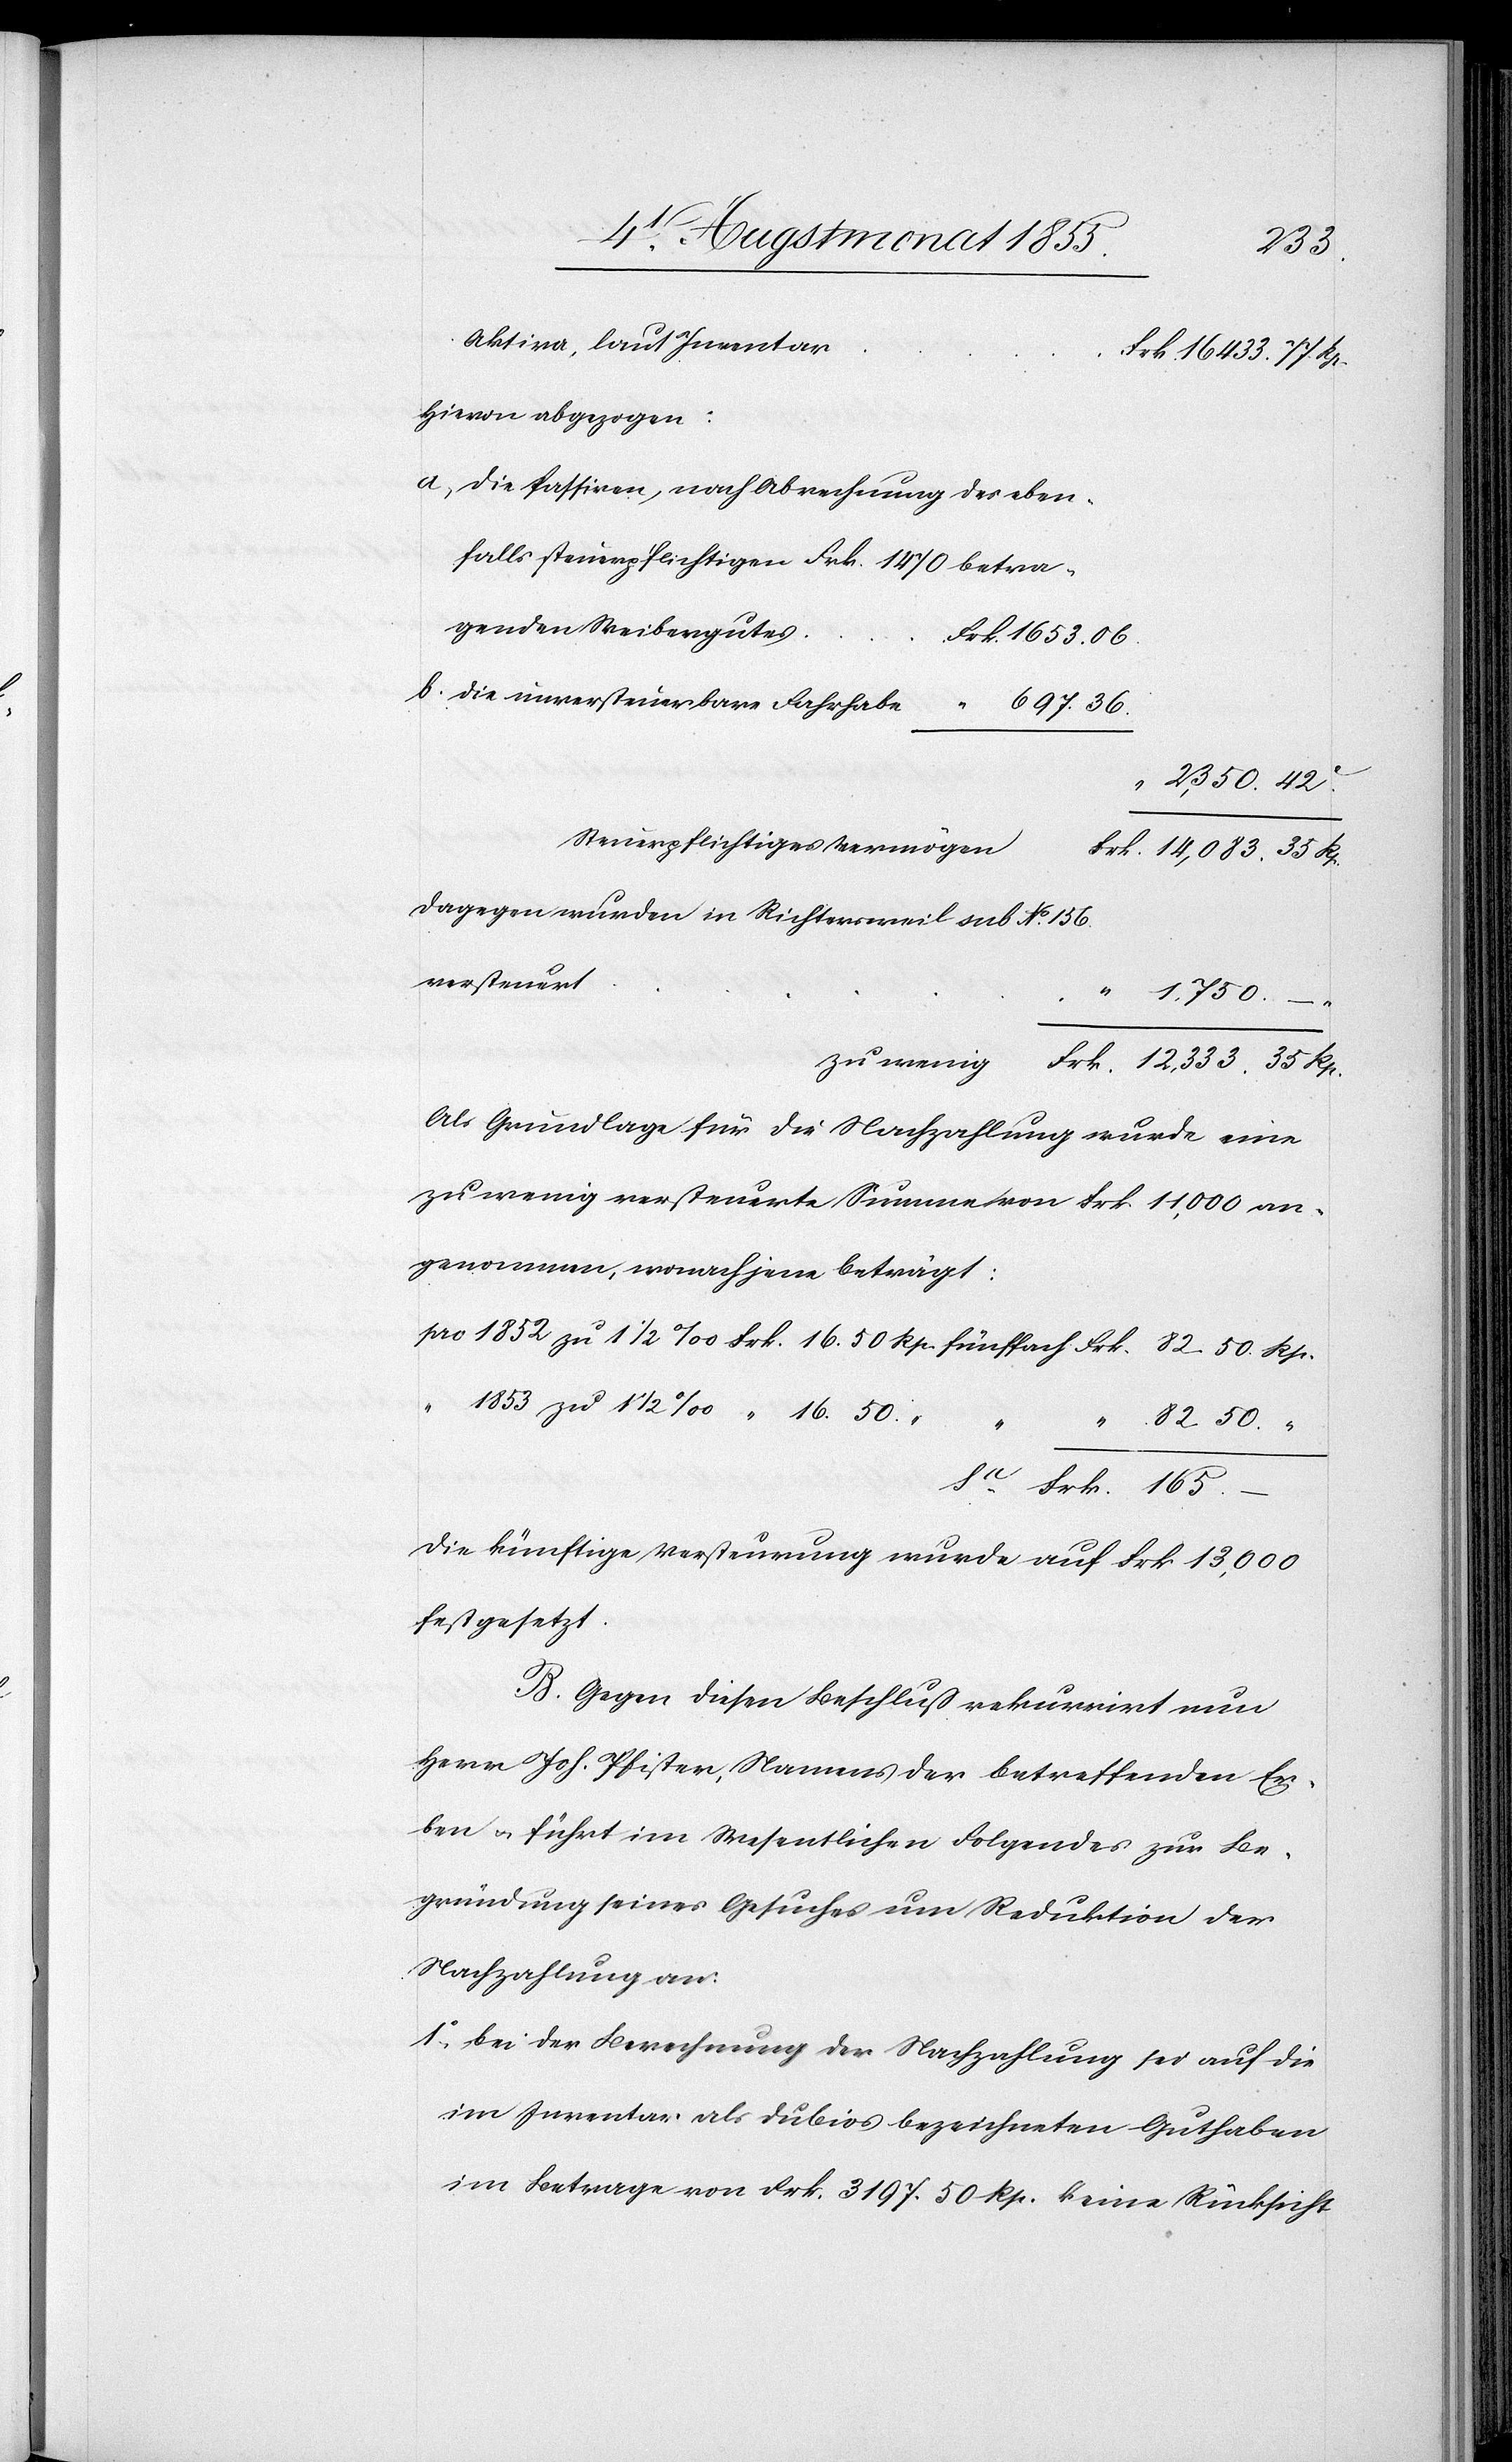
1853
Activa, laut Inventar
zu
Frk. 16 433. 77. Rp.
Hievon abgezogen:
Die Passiven, nach Abrechnung des eben¬
falls steuerpflichtigen Frk. 1470 betra¬
genden Weibergutes
Frk. 1653. 06.
“ 2,350. 42.c
Steuerpflichtiges Vermögen
Frk. 82. 50. Rp.
Dagegen wurden in Richtersweil sub No. 156.
versteuert
1,750.
Als Grundlage für die Nachzahlung wurde eine
zu wenig versteuerte Summe von Frk. 11,000 an¬
genommen, wonach jene beträgt:
82. 50. “
Sa.
Frk. 165.
–
Die künftige Versteurung wurde auf Frk. 13,000
festgesetzt.
B. Gegen diesen Beschluß rekurrirt nun
Herr Joh. Pfister, Namens der betreffenden Er¬
ben & führt im Wesentlichen Folgendes zur Be¬
gründung seines Gesuches um Reduktion der
Nachzahlung an:
Bei der Berechnung der Nachzahlung sei auf die
im Inventar als dubios bezeichneten Guthaben
im Betrage von Frk. 3197. 50 Rp. keine Rücksicht